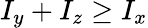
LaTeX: I_{y}+I_{z}\geq I_{x}